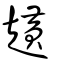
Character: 趪